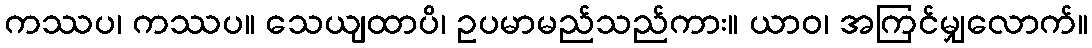
ကဿပ၊ ကဿပ။ သေယျထာပိ၊ ဥပမာမည်သည်ကား။ ယာဝ၊ အကြင်မျှလောက်။